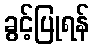
ခွင့်ပြုရန်